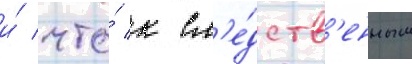
и́ что́ к сл'е́дств'енным